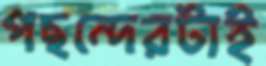
পছন্দেরটাই